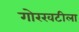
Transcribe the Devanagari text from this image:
गोरखटीला